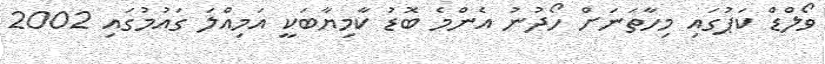
ވޯލްޑް ކަޕުގައި މިހާތަނަށް ހޯދުނު އެންމެ ބޮޑު ކާމިޔާބަކީ އަމިއްލަ ގައުމުގައި 2002